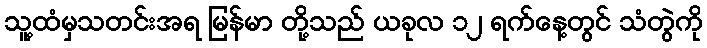
သူ့ထံမှသတင်းအရ မြန်မာ တို့သည် ယခုလ ၁၂ ရက်နေ့တွင် သံတွဲကို